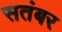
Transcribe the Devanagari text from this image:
सतंबर